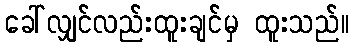
ခေါ်လျှင်လည်းထူးချင်မှ ထူးသည်။